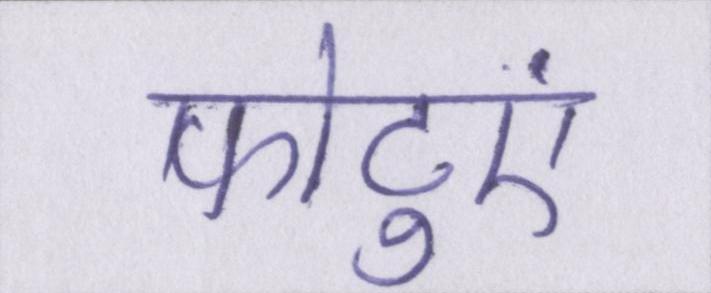
फोटुएं